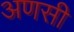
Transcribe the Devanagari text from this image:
अणसी